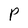
Character: P